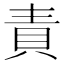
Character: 責